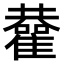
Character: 𩁂